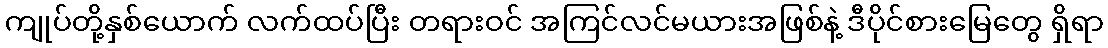
ကျုပ်တို့နှစ်ယောက် လက်ထပ်ပြီး တရားဝင် အကြင်လင်မယားအဖြစ်နဲ့ ဒီပိုင်စားမြေတွေ ရှိရာ